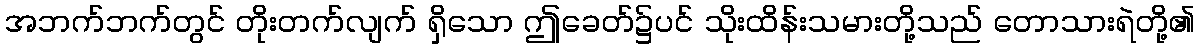
အဘက်ဘက်တွင် တိုးတက်လျက် ရှိသော ဤခေတ်၌ပင် သိုးထိန်းသမားတို့သည် တောသားရဲတို့၏